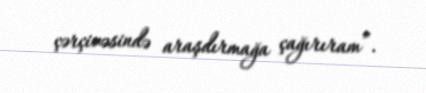
çərçivəsində araşdırmağa çağırıram”.